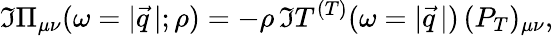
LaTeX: \Im\Pi_{\mu\nu}(\omega=|\vec{q}\, |;\rho)=-\rho\, \Im T^{(T)}(\omega=|\vec{q}\, |)\, (P_{T})_{\mu\nu},